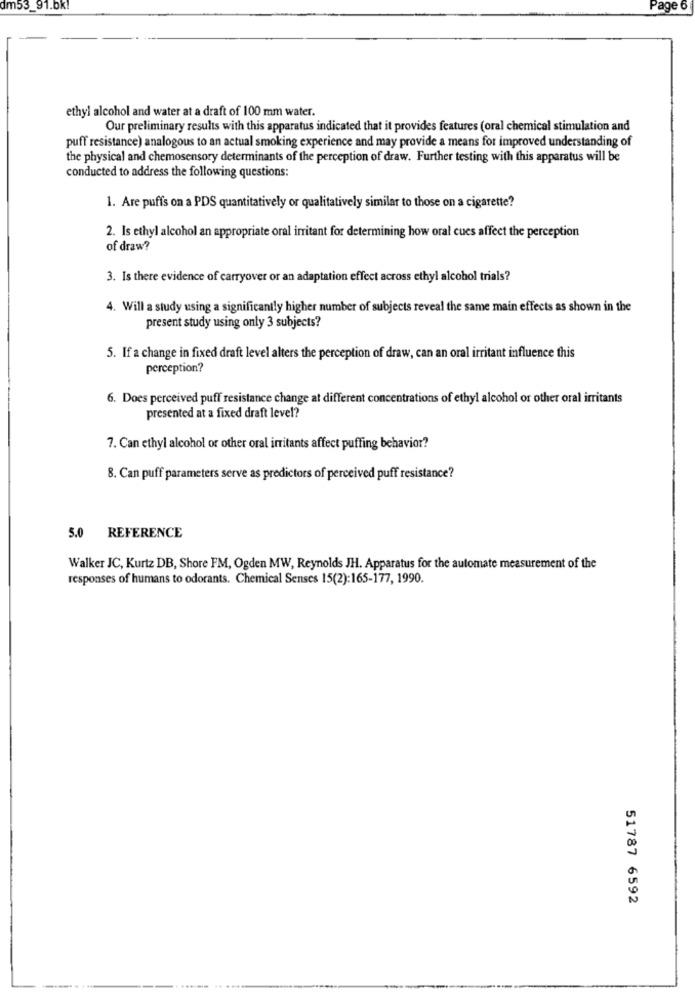
dm53_91.bk!
Page 6
ethyl alcohol and water at a draft of 100 mm water.
Our preliminary results with this apparatus indicated that it provides features (oral chemical stimulation and
puff resistance) analogous to an actual smoking experience and may provide a means for improved understanding of
the physical and chemosensory determinants of the perception of draw. Further testing with this apparatus will be
conducted to address the following questions:
1. Are puffs on a PDS quantitatively or qualitatively similar to those on a cigarette?
2. Is ethyl alcohol an appropriate oral irritant for determining how oral cues affect the perception
of draw?
3. Is there evidence of carryover or an adaptation effect across ethyl alcohol trials?
4. Will a study using a significantly higher number of subjects reveal the same main effects as shown in the
present study using only 3 subjects?
5. If a change in fixed draft level alters the perception of draw, can an oral irritant influence this
perception?
6. Does perceived puff resistance change at different concentrations of ethyl alcohol or other oral irritants
presented at a fixed draft level?
7. Can ethyl alcohol or other oral irritants affect puffing behavior?
8. Can puff parameters serve as predictors of perceived puff resistance?
5.0 REFERENCE
Walker JC, Kurtz DB, Shore FM, Ogden MW, Reynolds JH. Apparatus for the automate measurement of the
responses of humans to odorants. Chemical Senses 15(2):165-177, 1990.
51787 6592